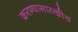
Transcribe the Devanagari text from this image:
करण्यासारखीच